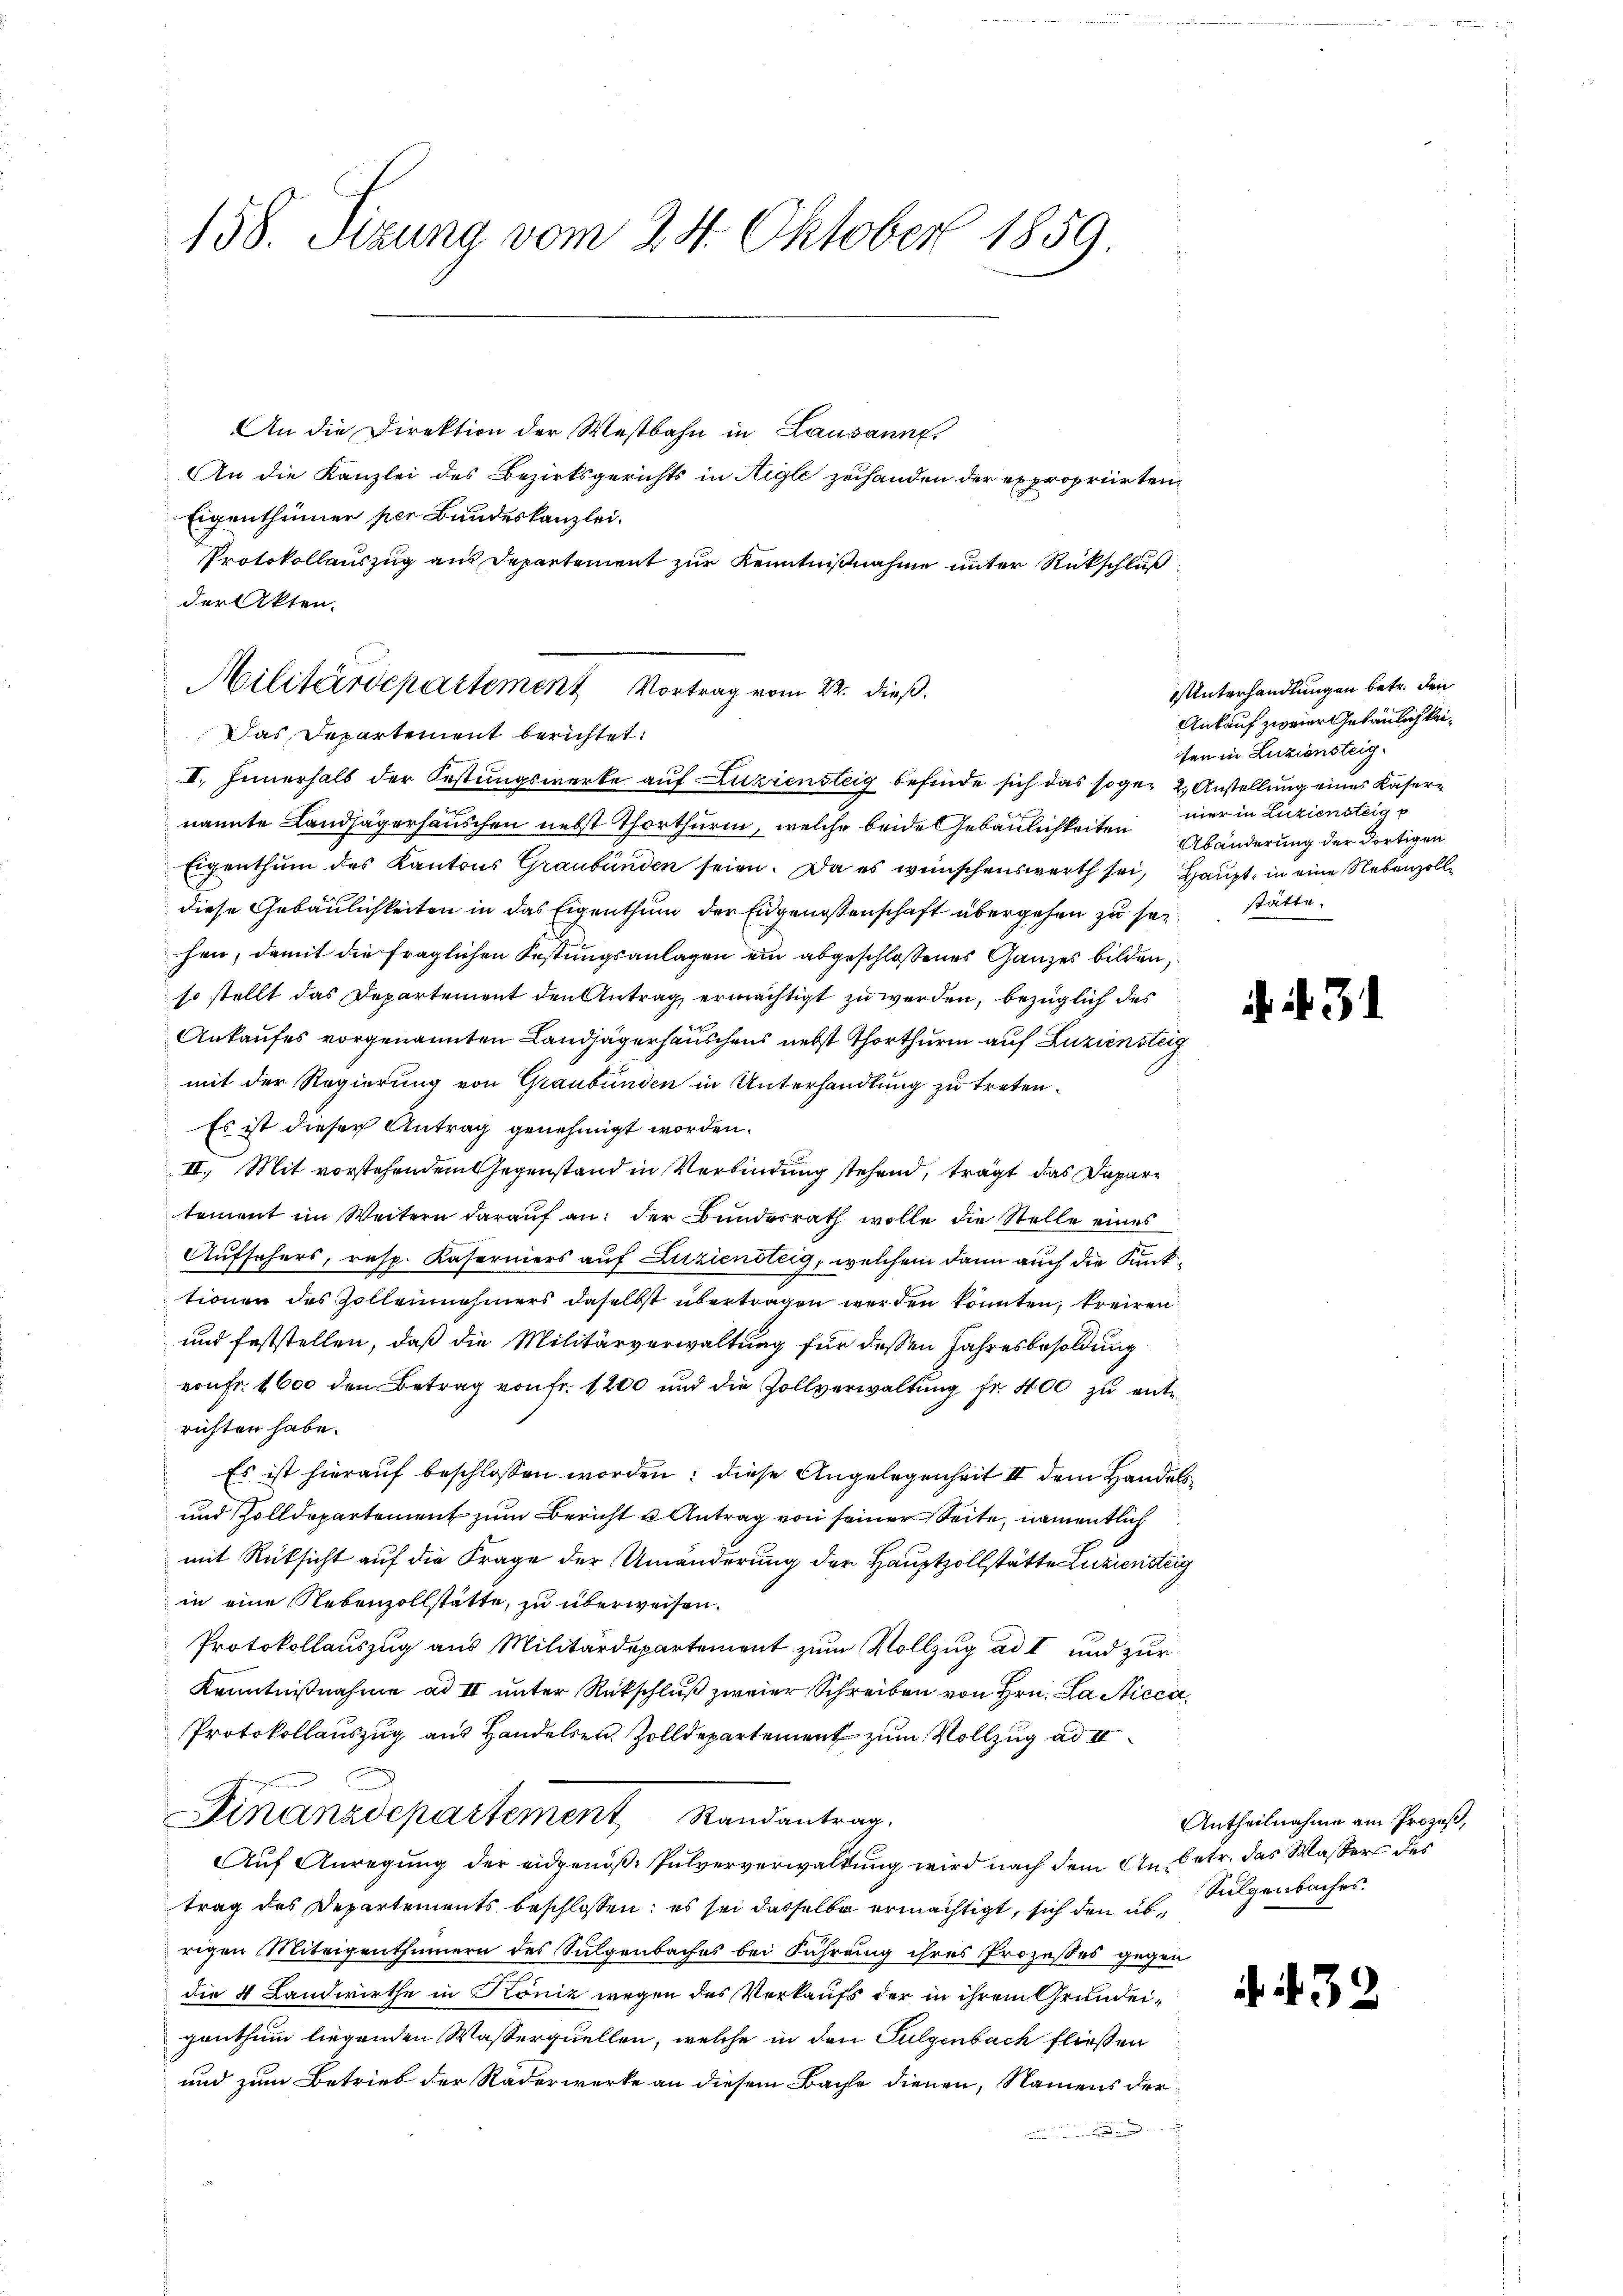
158. Sizung vom 24. Oktober 1859.

An die Direktion der Westbahn in Lausanne.
An die Kanzlei des Bezirksgerichts in Aigle zu handen der expropriirten
Eigenthümer per Bundeskanzlei.
Protokollauszug aus Departement zur Kenntnißnahme unter Rückschluß
der Akten.
II. Fernerhalb der Festungswerke auf Luziensteig befinde sich das sogen 2. Anstellung eines Kasern
nannte Landjägersanschen nebst Thorthurm, welche beide Gebäulichkeiten mer in Liziensteige
Eigenthum des Kantons Graubünden seien. Da es wünschenswerth sei, Haupt, in eine Nebenzolldiese Gebäulichkeiten in das Eigenthum der Eidgenossenschaft übergehen zu seihen, damit die fraglichen Festungsanlagen ein abgeschlossenes Ganzes bilden,
so stellt das Departement den Antrag ermächtigt zu werden, bezüglich des
Ankaufes vorgenannten Landjägerhäuschens nebst Thorthurm auf Zuziensteig
mit der Regierung von Graubünden in Unterhandlung zu treten.
Es ist dieser Antrag genehmigt worden.
II. Mit vorstehendem Gegenstand in Verbindung stehend, trägt das Departement im Weitern darauf an: der Bundesrath wolle die Stelle eines
Aufsehers, resp. Kaserniers auf Zuziensteig, welchem dann auch die Kunktionen des Zolleinehmers daselbst übertragen werden könnten, kreiren
und feststellen, daß die Militärverwaltung für dessen Jahresbesoldung
von Fr. 1600 den Betrag von fr. 1200 und die Zollverwaltung fr 400 zu ent
richten habe.
Es ist hierauf beschlossen worden; diese Angelegenheit II dem Handels
und Zolldepartement zum Bericht u Antrag von seiner Seite, namentlich
mit Rücksicht auf die Frage der Umänderung der Hauptzollstätte Luziensteig
in eine Nebenzollstätte, zu überweisen.
Protokollauszug aus Militärdepartement zum Vollzug ad I und zur
Kenntnißnahme ad II unter Rückschluß zweier Schreiben von Hrn. La Nicca,
Protokollauszug aus Handelsen Zolldepartement zum Vollzug ad I
Finanzdepartement Randantrag.
Auf Anregung der eidgenöß- Pulververwaltung wird nach dem Anbetr. das Waßer des
trag des Departements beschlossen: es sei dasselbe ermächtigt, sich den übrigen Miteigenthümern des Sulgenbaches bei Führung ihres Prozesses gegen
die 4 Landwirthe in Köniz wegen des Verkaufs der in ihrem Grundeigenthum liegenden Wasserquellen, welche in den Sulzenbach fließen
und zum Betrieb der Räderwerke an diesem Bache dienen, Namens der

Militärdepartement Vortrag vom 22. dieß.
Das Departement berichtet:

Unterhandlungen betr. den
Ankauf zweier Gebäulich keisen in Luziensteig
Abänderung der dortigen
stätte.

. 31

Antheilnahme am Prozeß,
Sulgenbaches.

. 39